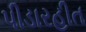
પીડારહીત